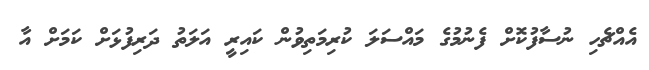
އެއްޗެހި ނުސާފުކޮށް ފެނުމުގެ މައްސަލަ ކުރިމަތިވުން ކައިރީ އަލަތު ދަރިފުޅަށް ކަމަށް އާ